Lunatic asylums United Prov. 1922-30 - 1922-1930
Year: 1922
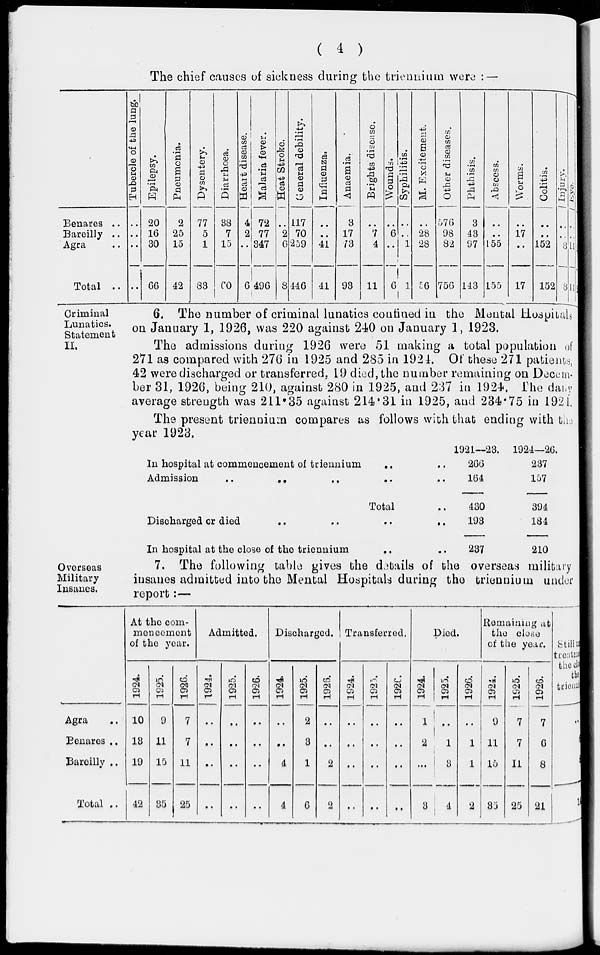
( 4 )
The chief causes of sickness during the triennium were : —
Benares ..
Bareilly ..
Agra
..
Total ..
Tubercle of t he l ung.
..
..
..
..
Epilepsy.
20
16
30
66
Pneumonia.
2
25
15
42
Dysentery.
77
5
1
83
Diarrhoea.
38
7
15
60
Heart disease.
4
2
..
6
Malaria fever.
72
77
347
496
Heat Stroke.
..
2
6
8
General debility.
117
70
259
446
Influenza.
..
..
41
41
Anaemia.
3
17
73
93
Brights disease.
..
7
4
1 1
Wounds.
..
6
..
6
Syphilitis.
..
..
1
1
M. Excitement.
..
28
28
56
Other diseases.
576
98
82
756
Phthisis.
3
43
97
143
Abscess.
..
..
155
155
Worms.
..
17
..
17
Colitis.
..
..
152
152
Injury.
..
..
..
8
Eye.
..
..
11
11
Criminal
Lunatics.
Statement
II.
6. The number of criminal lunatics confined in the Mental Hospitals
on January 1, 1926, was 220 against 240 on January 1, 1923.
The admissions during 1926 were 51 making a total population of
271 as compared with 276 in 1925 and 285 in 1924. Of these 271 patients,
42 were discharged or transferred, 19 died, the number remaining on Decem¬
ber 31, 1926, being 210, against 280 in 1925, and 237 in 1924, The daily
average strength was 211.35 against 214.31 in 1925, and 234.75 in 1921.
The present triennium compares as follows with that ending with the
year 1923.
In hospital at commencement of triennium
.. ..
Admission
.. .. .. ..
Total ..
Discharged or died
..
..
.. ..
In hospital at the close of the triennium .. ..
1921—23.
266
164
430
193
237
1924—26.
237
157
394
184
210
Overseas
Military
Insanes.
7. The following table gives the details of the overseas military
insanes admitted into the Mental Hospitals during the triennium under
report:—
Agra ..
Benares ..
Bareilly ..
Total ..
At the com-
mencement
of the year.
1924.
10
13
19
42
1925.
9
11
15
35
1926.
7
7
11
25
Admitted.
1924.
..
..
..
..
1925.
..
..
..
..
1926.
..
..
..
..
Discharged.
1924.
..
..
4
4
1925.
2
3
1
6
1926.
..
..
2
2
Transferred.
1924.
..
..
..
..
1925
..
..
..
..
1926.
..
..
..
..
Died.
1924.
1
2
..
3
1925.
..
1
3
4
1926.
..
1
1
2
Remaining at
the close
of the year.
1924.
9
11
15
35
1925.
7
7
11
25
1926.
7
6
8
21
Still an
treatment
the close
triennium
..
6
8
14